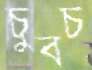
চুবচ